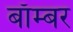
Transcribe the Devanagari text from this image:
बाॅम्बर